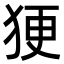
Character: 㹴